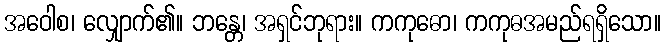
အဝေါစ၊ လျှောက်၏။ ဘန္တေ၊ အရှင်ဘုရား။ ကကုဓော၊ ကကုဓအမည်ရရှိသော။